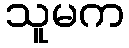
သူမက